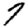
Digit: 7